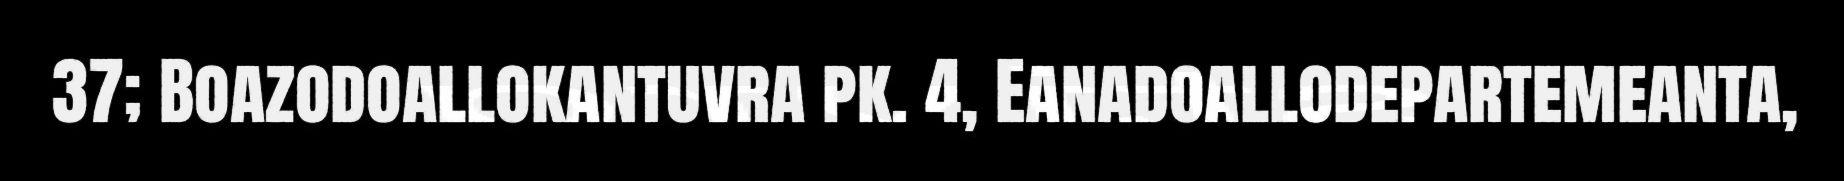
37; Boazodoallokantuvra pk. 4, Eanadoallodepartemeanta,